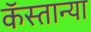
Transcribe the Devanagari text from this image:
कॅस्तान्या